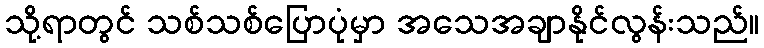
သို့ရာတွင် သစ်သစ်ပြောပုံမှာ အသေအချာနိုင်လွန်းသည်။